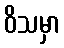
ဝိသမှာ